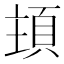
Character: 𩒊